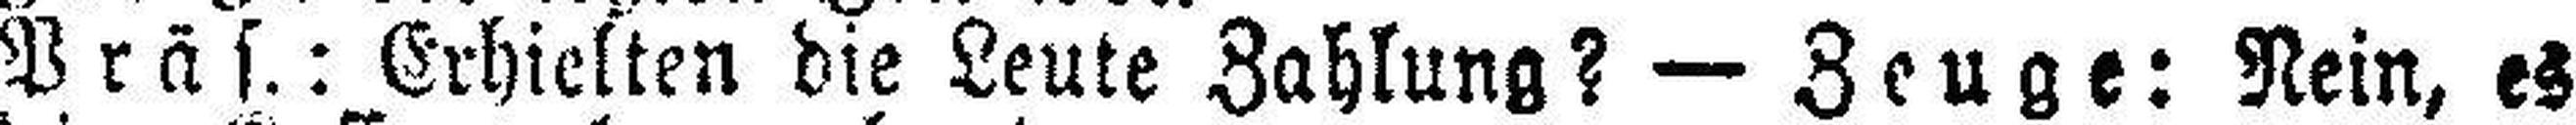
Präs.: Erhielten die Leute Zahlung? — Zeuge: Nein, er